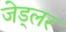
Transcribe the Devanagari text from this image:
जेड्लर